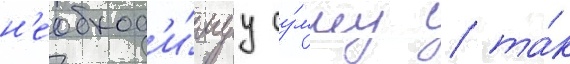
н'еобход'и́муу су́мму / та́к